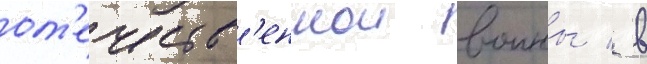
от'ечеств'еннои воины / в